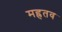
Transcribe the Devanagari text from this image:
मह्रतव